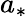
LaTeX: a_{*}